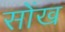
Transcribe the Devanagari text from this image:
सोंख